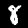
Digit: 8